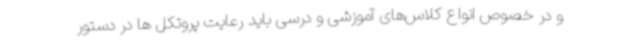
و در خصوص انواع کلاس‌های آموزشی و درسی باید رعایت پروتکل ها در دستور